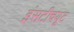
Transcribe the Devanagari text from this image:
इंसटीचयूट